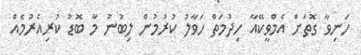
ހަނިވާ ގޮތަށް އެމްވީކޭއާ ހިދުމަތް ހަވާލު ކުރުމުން ލިބުނު މާ ބޮޑު ކުރިއެރުމެއް